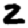
Digit: 2